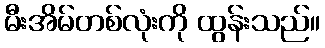
မီးအိမ်တစ်လုံးကို ထွန်းသည်။